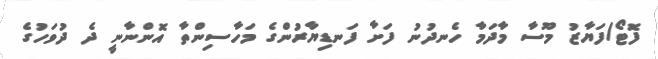
ފޮޓޯ/ފަޔާޒު މޫސާ މާދަމާ ހެނދުނު ފަށާ ފަނޑިޔާރުންގެ މަހާސިންތާ އޮންނާނީ ދެ ދުވަހުގެ